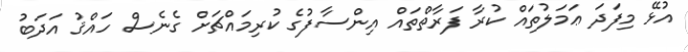
އުޅޭ މިފަދަ ޢަމަލުތައް ކުރާ ފަރާތްތައް އިންސާފުގެ ކުރިމައްޗަށް ގެނެސް ހައްޤު އަދަބު